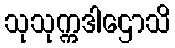
သုသုက္ကဒါဌောသိ